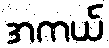
အကယ်